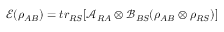
\mathcal { E } ( \rho _ { A B } ) = t r _ { R S } [ \mathcal { A } _ { R A } \otimes \mathcal { B } _ { B S } ( \rho _ { A B } \otimes \rho _ { R S } ) ]